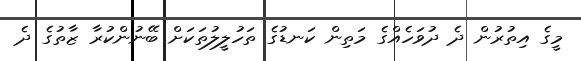
މީގެ އިތުރުން ދެ ދުވަހެއްގެ މަތިން ކަނޑުގެ ތަހުލީލުތަކަށް ބޭނުންކުރާ ޒާތުގެ ދެ